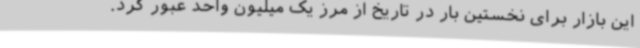
این بازار برای نخستین بار در تاریخ از مرز یک میلیون واحد عبور کرد.